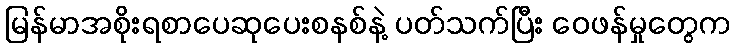
မြန်မာအစိုးရစာပေဆုပေးစနစ်နဲ့ ပတ်သက်ပြီး ဝေဖန်မှုတွေက